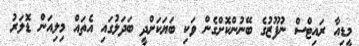
މީޑިއާ ރައިޓްސް ނުފޫޒުގެ ބޭނުންކޮށްގެން ވަކި ބަޔަކަށްދީ ބަދަލުގައި އެތައް މިލިއަން ޑޮލަރު